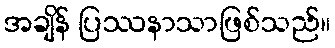
အချိန် ပြဿနာသာဖြစ်သည်။